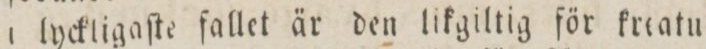
i lyckligaſte fallet är den likgiltig för kreatu